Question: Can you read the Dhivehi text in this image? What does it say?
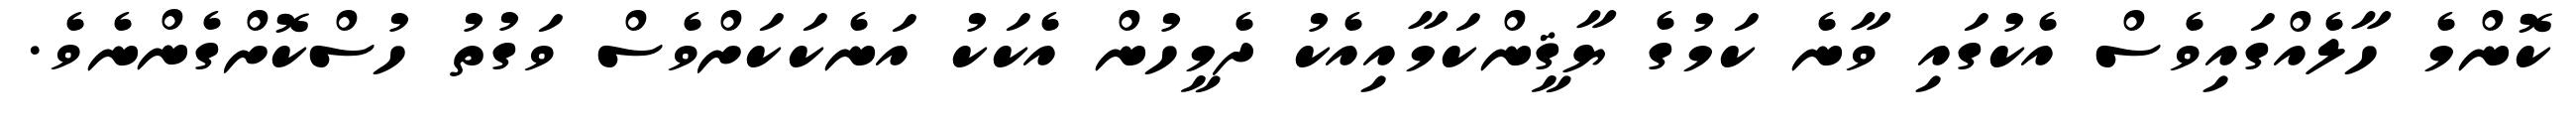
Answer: ކޮންމެ ހާލެއްގައިވެސް އެކުގައި ވާނެ ކަމުގެ ޔާޤީންކަމާއިއެކު ދެމީހުން އެކަކު އަނެކަކަށްވެސް ވަގުތު ހުސްކޮށްގެންނެވެ.